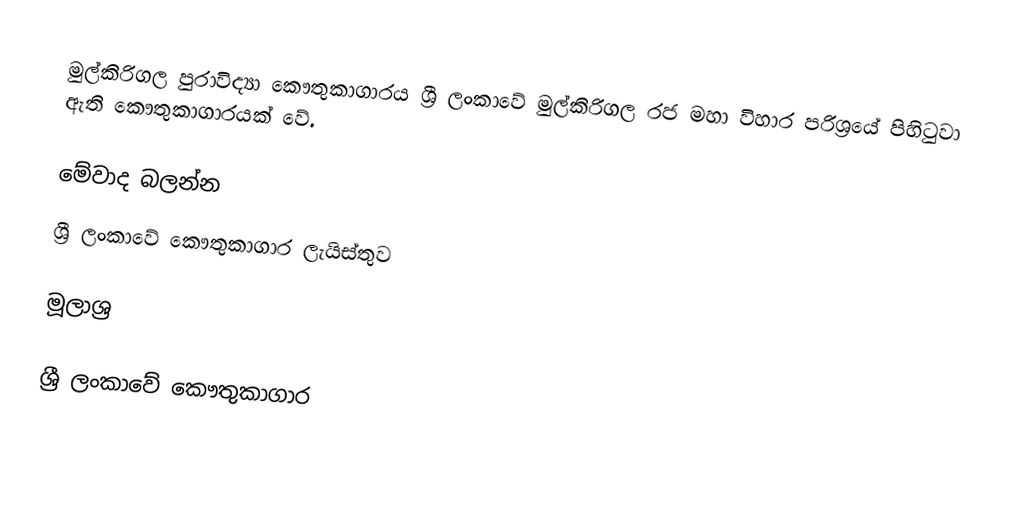
මුල්කිරිගල පුරාවිද්‍යා කෞතුකාගාරය ශ්‍රී ලංකාවේ මුල්කිරිගල රජ මහා විහාර පරිශ්‍රයේ පිහිටුවා ඇති කෞතුකාගාරයක් වේ.

මේවාද බලන්න
ශ්‍රී ලංකාවේ කෞතුකාගාර ලැයිස්තුව

මූලාශ්‍ර

ශ්‍රී ලංකාවේ කෞතුකාගාර